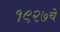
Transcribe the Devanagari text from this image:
१९२७चे